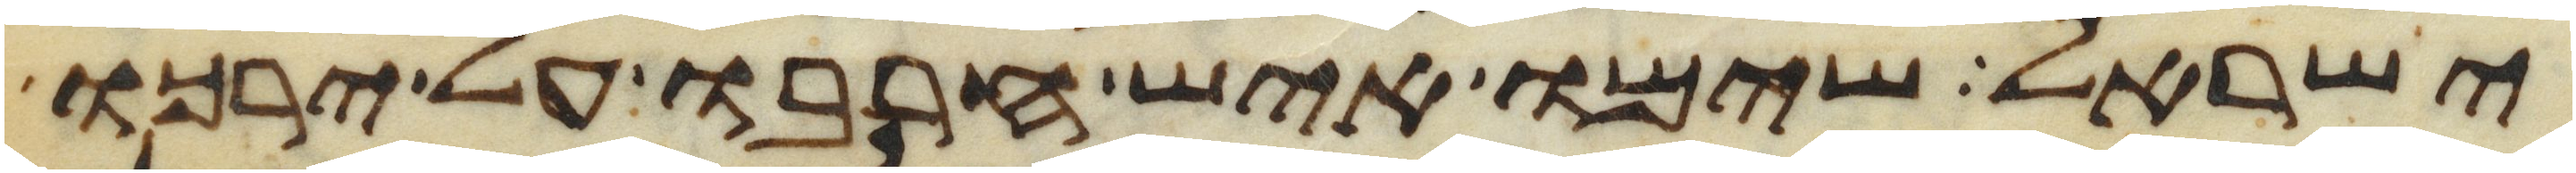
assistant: ישראל שימו איש חרבו על ירכו